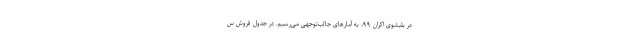
در بلبشوی اکران ۹۹، به آمارهای جالب‌توجهی می‌رسیم. در جدول فروش س